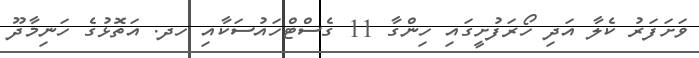
ވަށަފަރު ކެލާ އަދި ހޯރަފުށީގައި ހިންގާ 11 ގެސްޓްހައުސަކާއި ހދ. އަތޮޅުގެ ހަނިމާދޫ